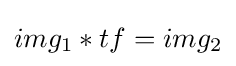
img_{1}*tf=img_{2}